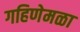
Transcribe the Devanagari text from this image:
गहिणेमळा